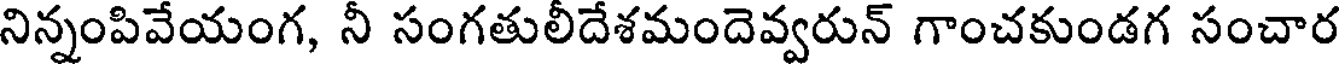
నిన్నంపివేయంగ, నీ సంగతులీదేశమందెవ్వరున్ గాంచకుండగ సంచార